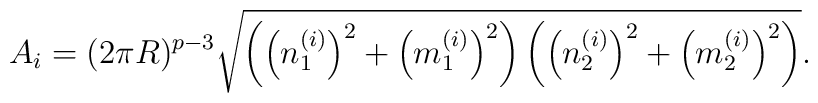
A_i=(2\pi R)^{p-3}\sqrt{\left(\left(n^{(i)}_1\right)^2+\left(m^{(i)}_1\right)^2\right)\left(\left(n^{(i)}_2\right)^2+\left(m^{(i)}_2\right)^2\right)}.